Annual administration report of the Civil Veterinary Department, Ajmere-Merwara, British Rajputana - 1914-1940
Year: 1914
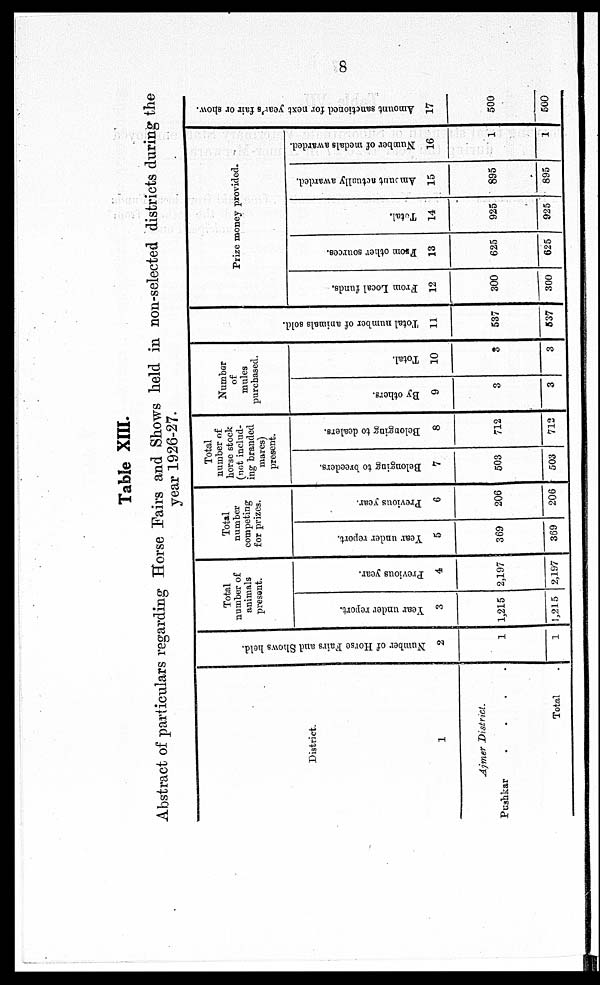
8
Table XIII.
Abstract of particulars regarding Horse Fairs and Shows held in non-selected districts during the
year 1926-27.
District.
1
Ajmer District.
Pushkar
.
.
.
.
Total .
Number of Horse Fairs and Shows held.
2
1
1
Total
number of
animals
present.
Year under report.
3
1,215
1,215
Previous year.
4
2,197
2,197
Total
number
competing
for prizes.
Year under report.
5
369
369
Previous year.
6
206
206
Total
number of
horse stock
(not includ-
ing branded
mares)
present.
Belonging to breeders.
7
503
503
Belonging to dealers.
8
712
712
Number
of
mules
purchased.
By others.
9
3
3
Total.
10
3
3
Total number of animals sold.
11
537
537
Prize money provided.
From Local funds.
12
300
300
From
other sources.
13
625
625
Total.
14
925
925
Amount
actually awarded.
15
895
895
Number of medals awarded.
16
1
1
Amount
sanctioned for next year's fair or show.
17
500
500